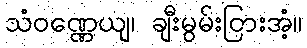
သံဝဏ္ဏေယျ၊ ချီးမွမ်းငြားအံ့။